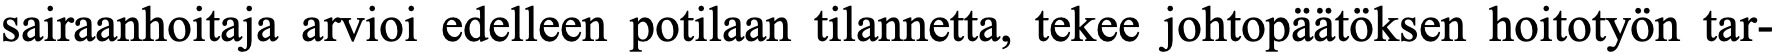
sairaanhoitaja arvioi edelleen potilaan tilannetta, tekee johtopäätöksen hoitotyön tar-